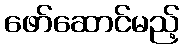
ဖော်ဆောင်မည့်